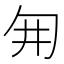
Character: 𭅆